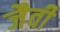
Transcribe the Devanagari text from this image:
जैवी